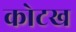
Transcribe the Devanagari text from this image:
कोटख